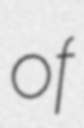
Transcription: of